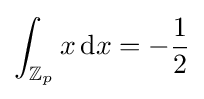
\int _{\mathbb {Z} _{p}}x\,{\rm {d}}x=-{\frac {1}{2}}